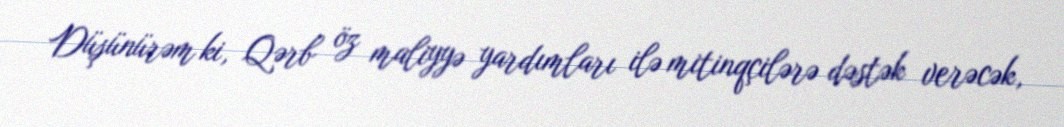
Düşünürəm ki, Qərb öz maliyyə yardımları ilə mitinqçilərə dəstək verəcək,